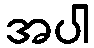
အပါ